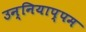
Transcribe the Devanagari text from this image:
उन्नियाप्पम